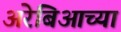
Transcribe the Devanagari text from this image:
अरेबिआच्या